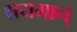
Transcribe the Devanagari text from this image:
क्षयमान्